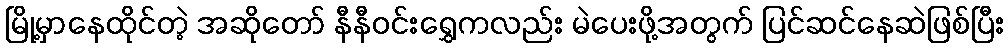
မြို့မှာနေထိုင်တဲ့ အဆိုတော် နီနီဝင်းရွှေကလည်း မဲပေးဖို့အတွက် ပြင်ဆင်နေဆဲဖြစ်ပြီး